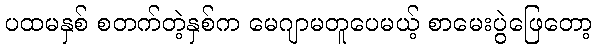
ပထမနှစ် စတက်တဲ့နှစ်က မေဂျာမတူပေမယ့် စာမေးပွဲဖြေတော့